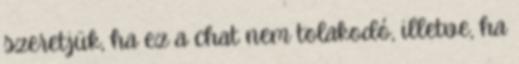
szeretjük, ha ez a chat nem tolakodó, illetve, ha